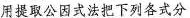
用提取公因式法把下列分